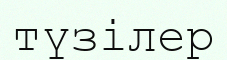
түзілер